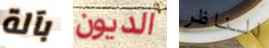
بآلة الديون الناظر